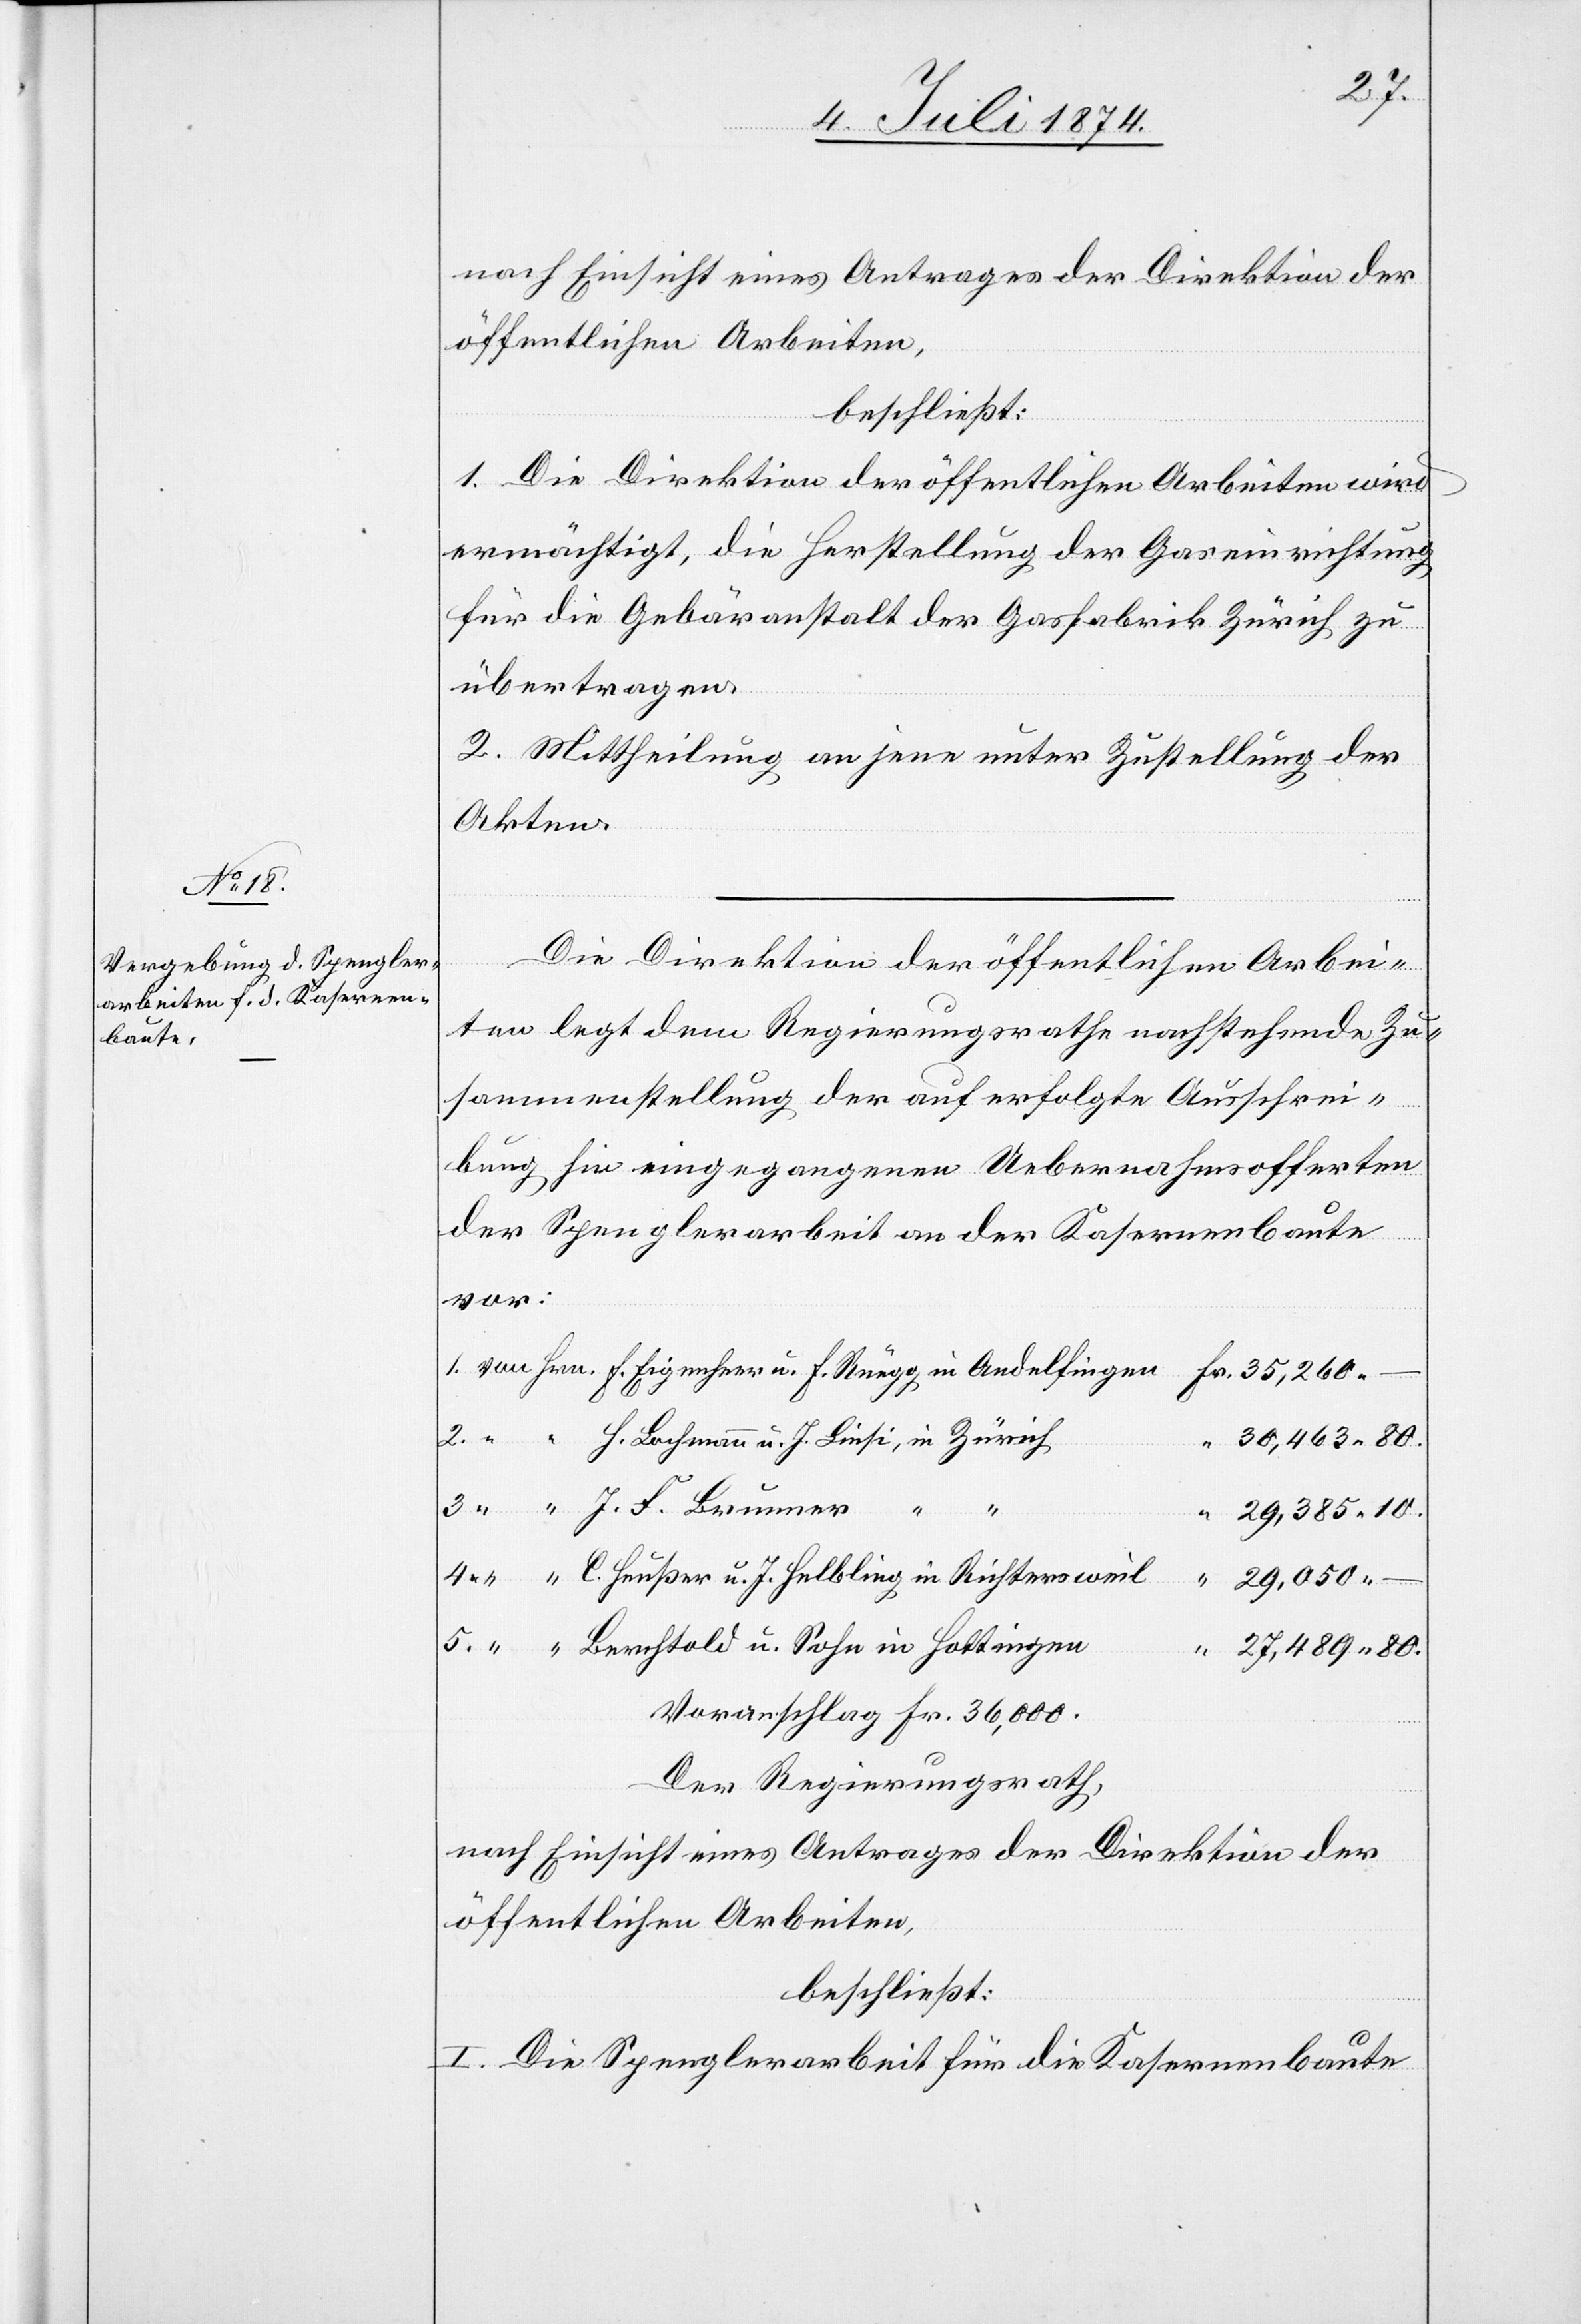
u. J.
Helbling
nach Einsicht eines Antrages der Direktion der
öffentlichen Arbeiten,
beschließt:
1. Die Direktion der öffentlichen Arbeiten wird
ermächtigt, die Herstellung der Gaseinrichtung
für die Gebäranstalt der Gasfabrik Zürich zu
übertragen.
2. Mittheilung an jene unter Zustellung der
Akten.
Die Direktion der öffentlichen Arbei¬
ten legt dem Regierungsrathe nachstehende Zu¬
sammenstellung der auf erfolgte Ausschrei¬
bung hin eingegangenen Uebernahmsofferten
der Spenglerarbeit an der Kasernenbaute
heer
u.
Voranschlag Fr. 36,000.
Der Regierungsrath,
nach Einsicht eines Antrages der Direktion der
öffentlichen Arbeiten,
beschließt:
I. Die Spenglerarbeit für die Kasernenbaute